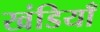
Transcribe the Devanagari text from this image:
खंडियाँ